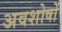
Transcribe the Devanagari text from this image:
अवशोषों